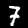
Digit: 7